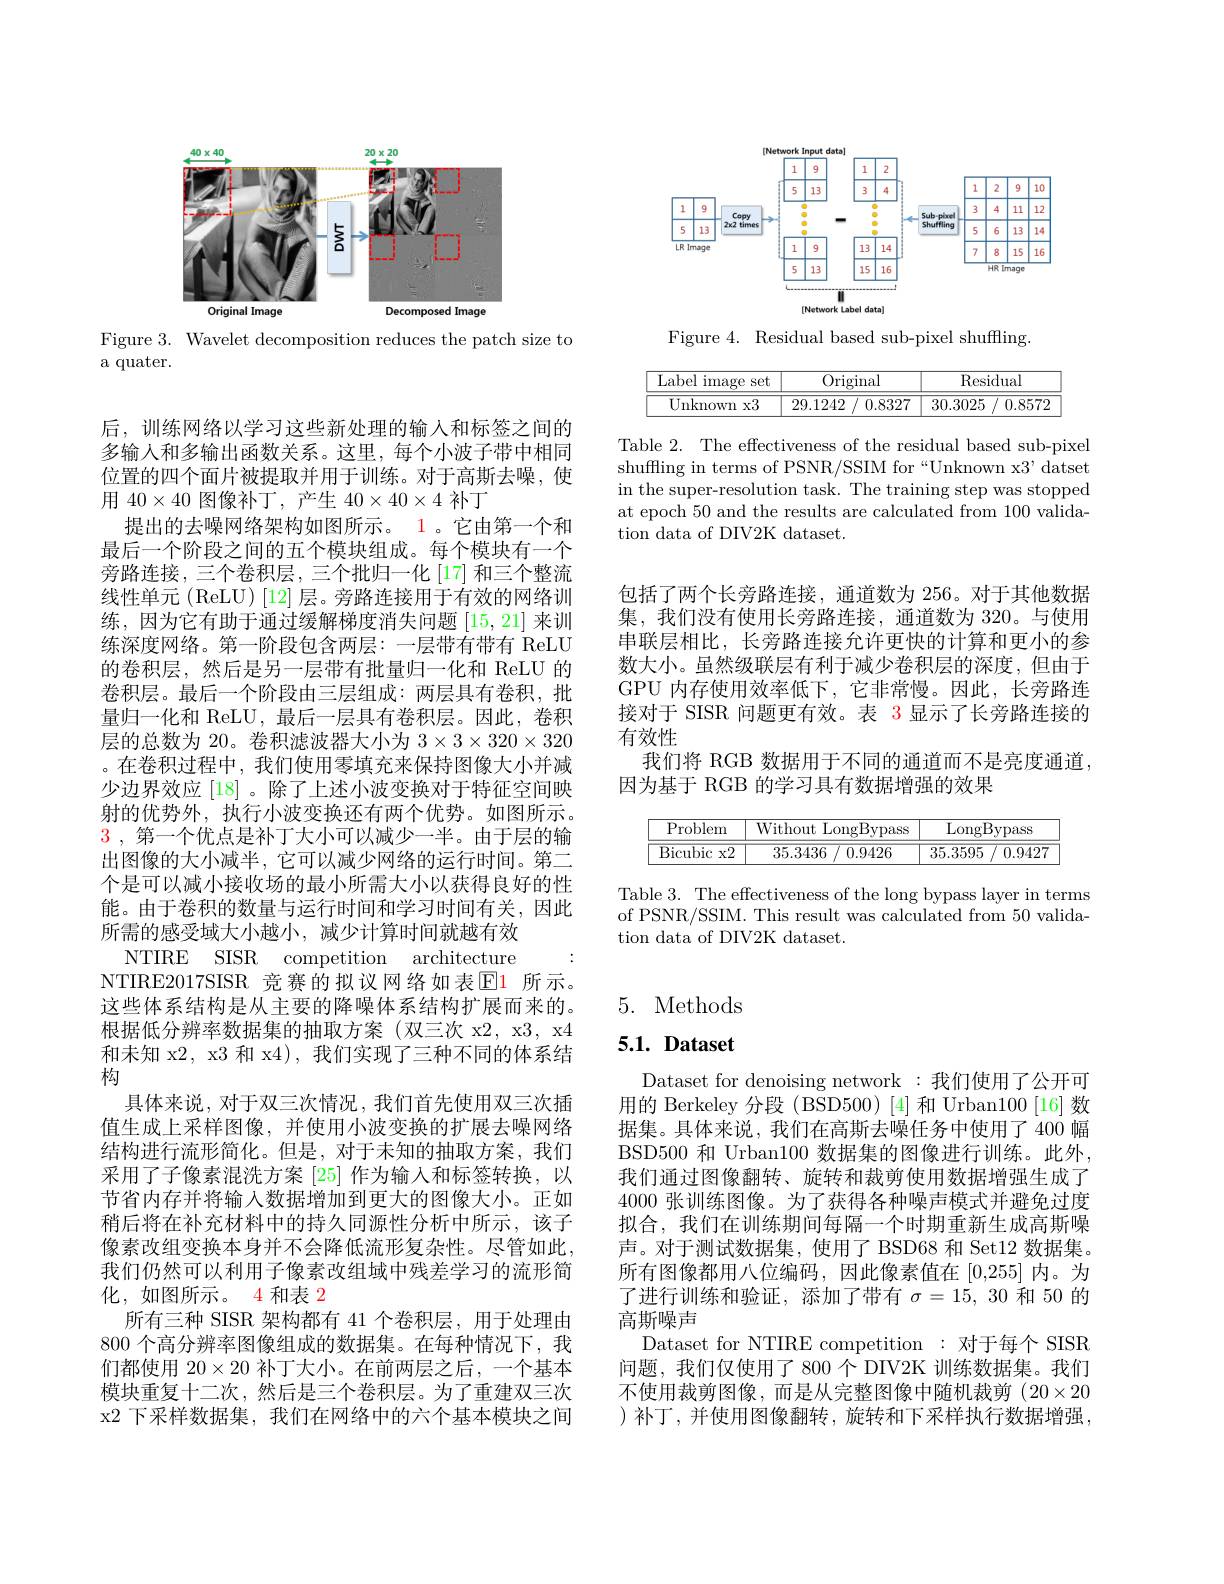
<FigureHere>

Figure 3. Wavelet decomposition reduces the patch size to
a quater.

后，训练网络以学习这些新处理的输入和标签之间的多输人和多输出函数关系。这里，每个小波子带中相同位置的四个面片被提取并用于训练。对于高斯去噪，使用$40\times40$图像补丁，产生$40\times40\times4$补丁
提出的去噪网络架构如图所示。1。它由第一个和最后一个阶段之间的五个模块组成。每个模块有一个旁路连接，三个卷积层，三个批归一化[17] 和三个整流线性单元(ReLU)[12]层。旁路连接用于有效的网络训练，因为它有助于通过缓解梯度消失问题[15,21]来训练深度网络。第一阶段包含两层：一层带有带有 ReLU 的卷积层，然后是另一层带有批量归一化和 ReLU 的卷积层。最后一个阶段由三层组成：两层具有卷积，批量归一化和 ReLU,最后一层具有卷积层。因此，卷积层的总数为 20。卷积滤波器大小为$3\times3\times320\times320$ 。在卷积过程中，我们使用零填充来保持图像大小并减少边界效应 [18] 。除了上述小波变换对于特征空间映射的优势外，执行小波变换还有两个优势。如图所示。3,第一个优点是补丁大小可以减少一半。由于层的输出图像的大小减半，它可以减少网络的运行时间。第二个是可以减小接收场的最小所需大小以获得良好的性能。由于卷积的数量与运行时间和学习时间有关，因此所需的感受域大小越小，减少计算时间就越有效
NTIRE SISR competition architecture NTIRE2017SISR 竞赛的拟议网络如表$\color{red}{\mathrm{E1}}$ 所示。这些体系结构是从主要的降噪体系结构扩展而来的。根据低分辨率数据集的抽取方案(双三次 x2, x3, x4和未知 x2, x3 和 x4), 我们实现了三种不同的体系结构
具体来说，对于双三次情况，我们首先使用双三次插值生成上采样图像，并使用小波变换的扩展去噪网络结构进行流形简化。但是，对于未知的抽取方案，我们采用了子像素混洗方案 [25] 作为输入和标签转换，以节省内存并将输入数据增加到更大的图像大小。正如稍后将在补充材料中的持久同源性分析中所示，该子像素改组变换本身并不会降低流形复杂性。尽管如此， 我们仍然可以利用子像素改组域中残差学习的流形简化，如图所示。4 和表 2
所有三种 SISR 架构都有 41 个卷积层，用于处理由800 个高分辨率图像组成的数据集。在每种情况下，我们都使用$20\times20$补丁大小。在前两层之后，一个基本模块重复十二次，然后是三个卷积层。为了重建双三次x2 下采样数据集，我们在网络中的六个基本模块之间

<FigureHere>

Figure 4. Residual based sub-pixel shuffling.

<table>
	<tbody>
		<tr>
			<th>Label i image $\geq$set</th>
			<th>Original</th>
			<th>Residual</th>
		</tr>
		<tr>
			<td>Unknown x3</td>
			<td>29.1242 0.8327</td>
			<td>30.3025 0.8572</td>
		</tr>
	</tbody>
</table>

Table 2. The effectiveness of the residual based sub-pixel shuffling in terms of PSNR/SSIM for“Unknown x3’ datset in the super-resolution task. The training step was stopped at epoch 50 and the results are calculated from 100 validation data of DIV2K dataset.

包括了两个长旁路连接，通道数为 256。对于其他数据集，我们没有使用长旁路连接，通道数为 320。与使用串联层相比，长旁路连接允许更快的计算和更小的参数大小。虽然级联层有利于减少卷积层的深度，但由于GPU 内存使用效率低下，它非常慢。因此，长旁路连接对于 SISR 问题更有效。表 3 显示了长旁路连接的有效性
我们将 RGB 数据用于不同的通道而不是亮度通道，
因为基于 RGB 的学习具有数据增强的效果

<table>
	<tbody>
		<tr>
			<th>Problem</th>
			<th>Without t LongBypass</th>
			<th>LongBypass</th>
		</tr>
		<tr>
			<td>Bicubic $x2$</td>
			<td>$35.3436~/~0.9426$</td>
			<td>35.3595 0.9427</td>
		</tr>
	</tbody>
</table>

Table 3. The effectiveness of the long bypass layer in terms of PSNR/SSIM. This result was calculated from 50 validation data of DIV2K dataset.

# 5. Methods

# $5. 1. \textbf{Dataset}$

Dataset for denoising network :我们使用了公开可用的 Berkeley 分段 (BSD500)[4] 和 Urban100[16]数据集。具体来说，我们在高斯去噪任务中使用了 400 幅BSD500 和 Urban100 数据集的图像进行训练。此外我们通过图像翻转、旋转和裁剪使用数据增强生成了4000 张训练图像。为了获得各种噪声模式并避免过度拟合，我们在训练期间每隔一个时期重新生成高斯噪声。对于测试数据集，使用了 BSD68 和 Set12 数据集。所有图像都用八位编码，因此像素值在[0,255]内。为了进行训练和验证，添加了带有$\sigma=15,30$和 50 的高斯噪声
Dataset for NTIRE competition : 对于每个 SISR 问题，我们仅使用了 800个 DIV2K 训练数据集。我们不使用裁剪图像，而是从完整图像中随机裁剪(20$\times20$ )补丁，并使用图像翻转，旋转和下采样执行数据增强